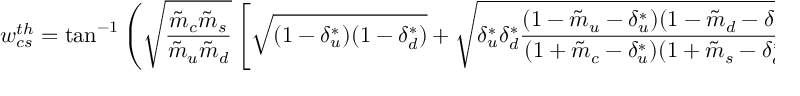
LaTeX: w _ { c s } ^ { t h } = \tan ^ { - 1 } \left( \sqrt { \frac { \tilde { m } _ { c } \tilde { m } _ { s } } { \tilde { m } _ { u } \tilde { m } _ { d } } } \left[ \sqrt { ( 1 - \delta _ { u } ^ { * } ) ( 1 - \delta _ { d } ^ { * } ) } + \sqrt { \delta _ { u } ^ { * } \delta _ { d } ^ { * } \frac { ( 1 - \tilde { m } _ { u } - \delta _ { u } ^ { * } ) ( 1 - \tilde { m } _ { d } - \delta _ { d } ^ { * } ) } { ( 1 + \tilde { m } _ { c } - \delta _ { u } ^ { * } ) ( 1 + \tilde { m } _ { s } - \delta _ { d } ^ { * } ) } } \right] \right) .